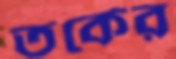
তর্কের